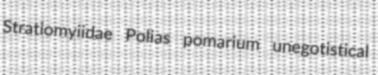
Stratiomyiidae Polias pomarium unegotistical